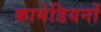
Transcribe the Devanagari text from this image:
कामेडियनों